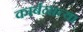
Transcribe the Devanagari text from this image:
कार्बनाच्या